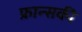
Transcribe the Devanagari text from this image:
फ्रान्सकी